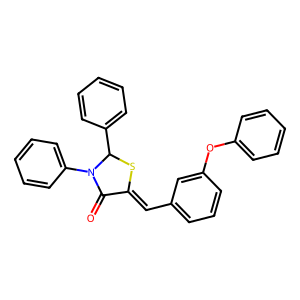
SMILES: O=C1C(=Cc2cccc(Oc3ccccc3)c2)SC(c2ccccc2)N1c1ccccc1
Inhibits HIV replication: No